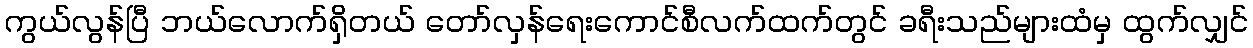
ကွယ်လွန်ပြီ ဘယ်လောက်ရှိတယ် တော်လှန်ရေးကောင်စီလက်ထက်တွင် ခရီးသည်များထံမှ ထွက်လျှင်